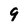
Character: 9